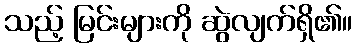
သည့် မြင်းများကို ဆွဲလျက်ရှိ၏။